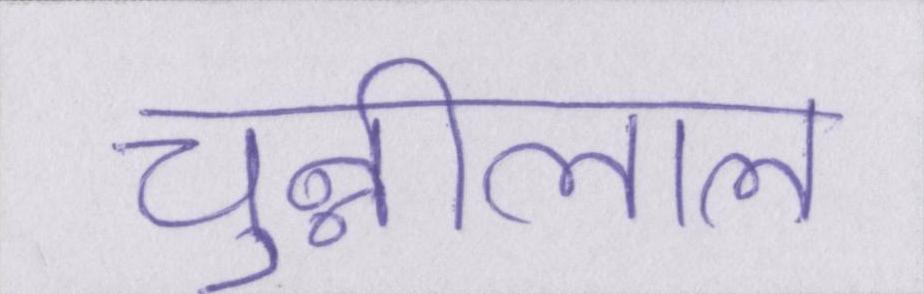
चुन्नीलाल